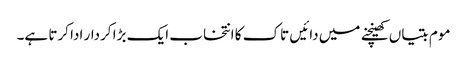
موم بتیاں کھینچنے میں دائیں تاک کا انتخاب ایک بڑا کردار ادا کرتا ہے۔